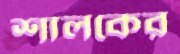
শালকের